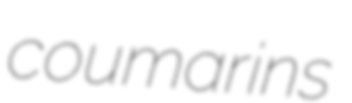
coumarins